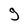
Character: g